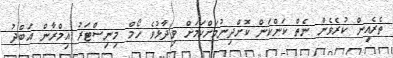
ތެރެއިން ކުރެވެން ނެތް ކަންކަން ކޮށްދިނުމަށްކަމަށް ވިދާޅުވެ ހޯމް މިނިސްޓަރު އިމްރާން އަބްދު